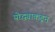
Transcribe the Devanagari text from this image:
योद्ध्याकडून